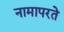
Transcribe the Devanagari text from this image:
नामापरते